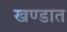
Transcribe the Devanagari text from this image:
खण्डात